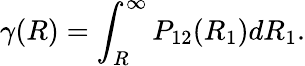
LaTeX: \gamma(R)=\int_{R}^{\infty}P_{12}(R_{1})dR_{1}.